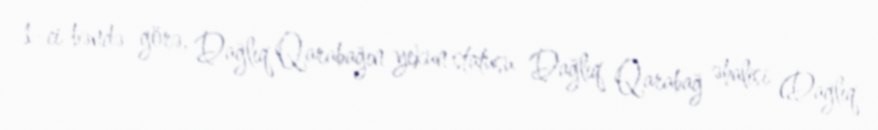
1-ci bəndə görə, Dağlıq Qarabağın yekun statusu Dağlıq Qarabağ əhalisi (Dağlıq